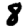
Digit: 8